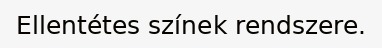
Ellentétes színek rendszere.